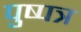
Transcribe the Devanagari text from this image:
पुष्पत्र